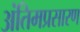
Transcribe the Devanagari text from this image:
अंतिमप्रसारण